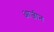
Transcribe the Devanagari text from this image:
आजीन